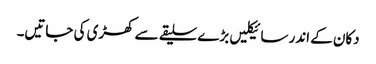
دکان کے اندر سائیکلیں بڑے سلیقے سے کھڑی کی جاتیں۔